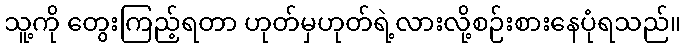
သူ့ကို တွေးကြည့်ရတာ ဟုတ်မှဟုတ်ရဲ့လားလို့စဉ်းစားနေပုံရသည်။